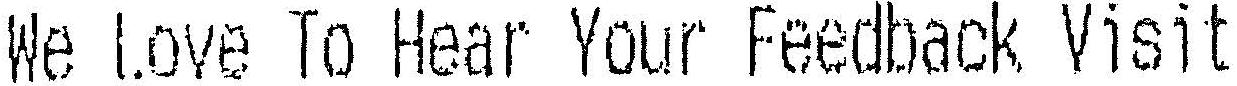
WE LOVE TO HEAR YOUR FEEDBACK VISIT